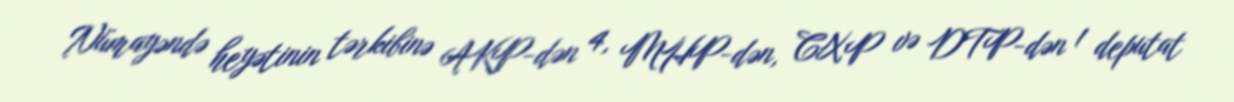
Nümayəndə heyətinin tərkibinə AKP-dən 4, MHP-dən, CXP və DTP-dən 1 deputat